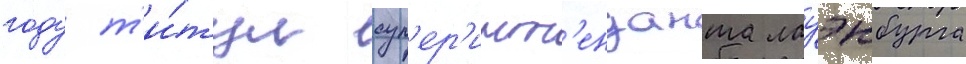
году т'и́тул суп'ер'инт'енданта лауэнбурга